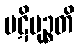
ပဋိမုဉ္စတိ